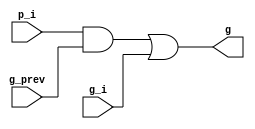
// are you telling me a gray this cell]

module gray_cell (
    input p_i,
    input g_i,

    // input p_prev,
    input g_prev,

    output g
);

wire and_out;
assign and_out = p_i & g_prev;

assign g = and_out | g_i;

endmodule